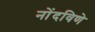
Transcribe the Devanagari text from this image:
नोंदविणे